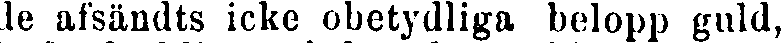
de afsändts icke obetydliga belopp guld,